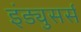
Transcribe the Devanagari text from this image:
इंड्युसर्स